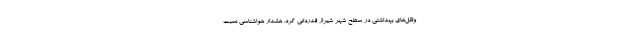
وتکل‌های بهداشتی در سطح شهر شیراز قدردانی کرد. هشدار هواشناسی نسبت